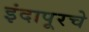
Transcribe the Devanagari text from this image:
इंदापूरचे